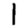
Digit: 1